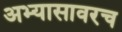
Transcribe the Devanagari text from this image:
अभ्यासावरच